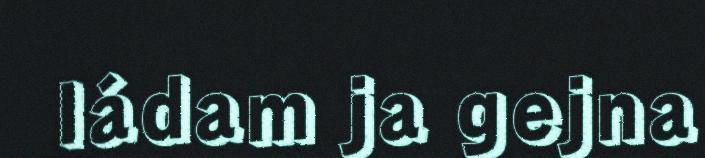
ládam ja gejna